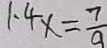
1 . 4 x = \frac { 7 } { 9 }